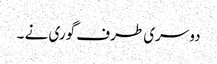
دوسری طرف گوری نے ۔